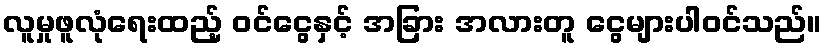
လူမှုဖူလုံရေးထည့် ဝင်ငွေနှင့် အခြား အလားတူ ငွေများပါဝင်သည်။